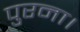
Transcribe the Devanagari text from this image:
पुरना।